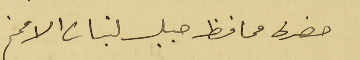
حضرة محافظ جبل لبنان الافخم